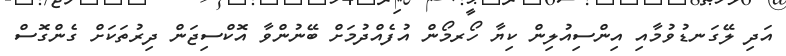
އަދި ލޭގަނޑުވުމާއި އިންސިއުލިން ކިޔާ ހޯރމޯން އުފެއްދުމަށް ބޭނުންވާ އޮކްސިޖަން ދިރުތަކަށް ގެންގޮސް